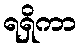
ရရှိကာ